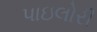
પાઇલોરી